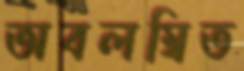
অবলম্বিত